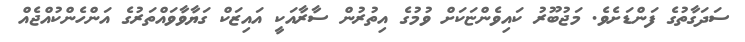
ސަދަގާތުގެ ފަންޑަށެވެ. މަޖުބޫރު ކައިވެންޏަކަށް ވުމުގެ އިތުރުން ސާރާއަކީ އައިޒަކް ގަޔާވާވައްތަރުގެ އަންހެންކުއްޖެއް